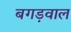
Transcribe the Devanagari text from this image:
बगड़वाल